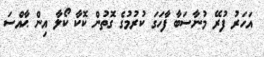
އަހަރު ފުރޭ މުނާސަބާ ފާހަގަ ކުރުމުގެ ގޮތުން ކޮކާ ކޯލާ އިން ޙާއްސަ